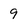
Character: 9